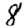
Digit: 8